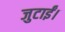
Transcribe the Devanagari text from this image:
जुटाईं।